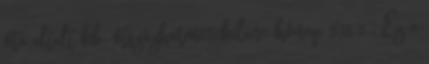
óta eltelt kb. ötszázharminckilenc hónap 538.5 . Ez a